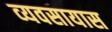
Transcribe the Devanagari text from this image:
व्‍यवसायास